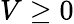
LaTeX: V\geq 0